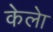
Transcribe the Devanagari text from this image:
केलेा